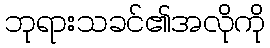
ဘုရားသခင်၏အလိုကို